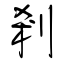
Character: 剎